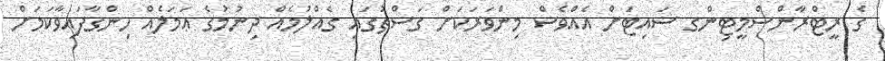
ގެ ރީޓްރާންސްމީޓިންގ ސައިޓަށް އެއްވެސް މިންވަރަކަށް ގަސްތުގައި ގެއްލުމެއް ދިނުމުގެ ޢަމަލެއް ހިންގާފައިވާކަމަށް